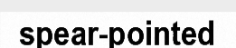
spear-pointed